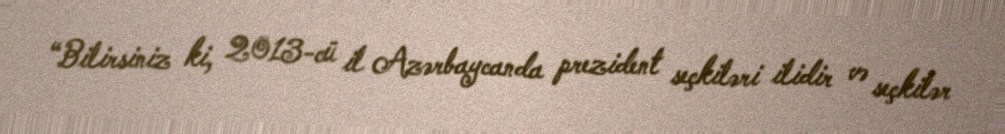
“Bilirsiniz ki, 2013-cü il Azərbaycanda prezident seçkiləri ilidir və seçkilər